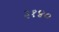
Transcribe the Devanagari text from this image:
३१४०